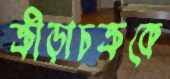
ক্রীড়াচক্রকে